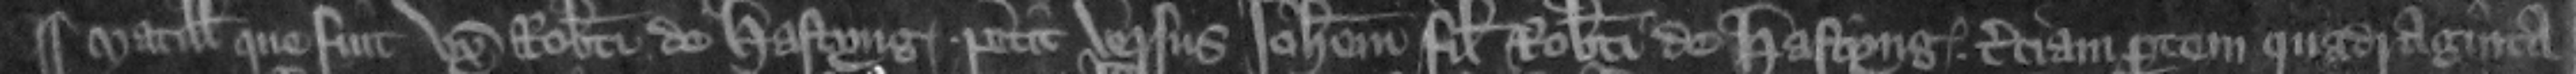
Matillis que fuit vxor Roberti de Hastyng petit versus Johannem filium Roberti de Hastyng terciam partem quadraginta